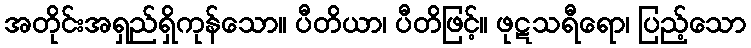
အတိုင်းအရှည်ရှိကုန်သော။ ပီတိယာ၊ ပီတိဖြင့်။ ဖုဋသရီရော၊ ပြည့်သော